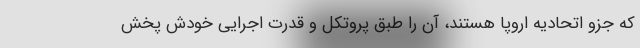
که جزو اتحادیه اروپا هستند، آن را طبق پروتکل و قدرت اجرایی خودش پخش